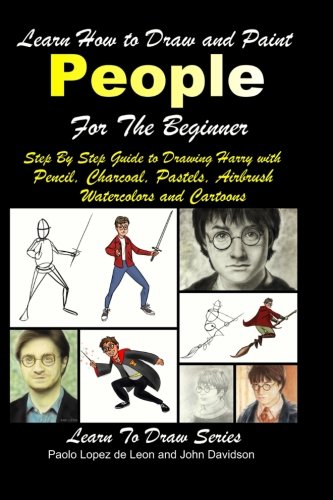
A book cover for Learn How to Draw and Paint People For the Beginner - Step By Step Guide to Drawing Harry with Pencil, Charcoal, Pastels, Airbrush Watercolors and Cartoons; Paolo Lopez de Leon; Arts & Photography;